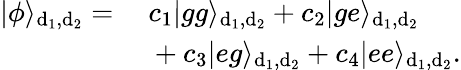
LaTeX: \begin{array}{rl}{|\phi\rangle_{\mathrm{d_{1},d_{2}}}=}&{~c_{1}|gg\rangle_{\mathrm{d_{1},d_{2}}}+c_{2}|ge\rangle_{\mathrm{d_{1},d_{2}}}}\\ &{~+c_{3}|eg\rangle_{\mathrm{d_{1},d_{2}}}+c_{4}|ee\rangle_{\mathrm{d_{1},d_{2}}}.}\end{array}